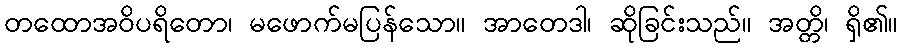
တထောအဝိပရိတော၊ မဖောက်မပြန်သော။ အာတေဒါ၊ ဆိုခြင်းသည်။ အတ္တိ၊ ရှိ၏။